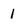
Character: 1